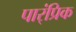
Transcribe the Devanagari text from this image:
पार्ंप्रिक